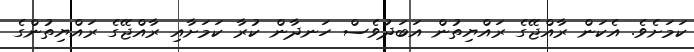
ކަމަށެވެ. އެކަން ރާއްޖޭގެ ރައްޔިތުން އަބަދުވެސް ހަނދާން ކުރާ ކަމަށާއި ރާއްޖޭގެ ރައްޔިތުންގެ